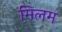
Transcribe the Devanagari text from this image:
मिलम